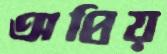
অপ্রিয়